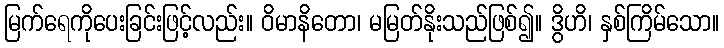
မြက်ရေကိုပေးခြင်းဖြင့်လည်း။ ဝိမာနိတော၊ မမြတ်နိုးသည်ဖြစ်၍။ ဒွိဟိ၊ နှစ်ကြိမ်သော။